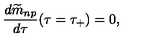
{ \frac { d { \widetilde m } _ { n p } } { d \tau } } ( \tau = \tau _ { + } ) = 0 ,